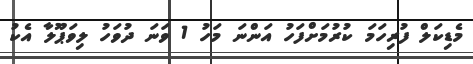
މެޑިކަލް ފުރިހަމަ ކުރުމަށްފަހު އަންނަ މަހު 1 ވަނަ ދުވަހު ލިވަޕޫލާ އެކު